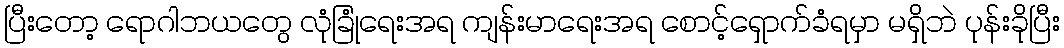
ပြီးတော့ ရောဂါဘယတွေ လုံခြုံရေးအရ ကျန်းမာရေးအရ စောင့်ရှောက်ခံရမှာ မရှိဘဲ ပုန်းခိုပြီး